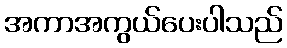
အကာအကွယ်ပေးပါသည်